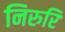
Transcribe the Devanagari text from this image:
निरुरि